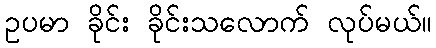
ဥပမာ ခိုင်း ခိုင်းသလောက် လုပ်မယ်။